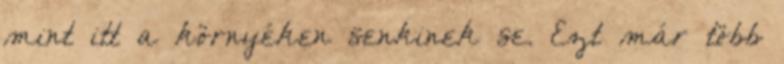
mint itt a környéken senkinek se. Ezt már több